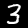
Label: 3